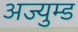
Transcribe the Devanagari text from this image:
अज्युम्ड